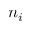
n _ { i }